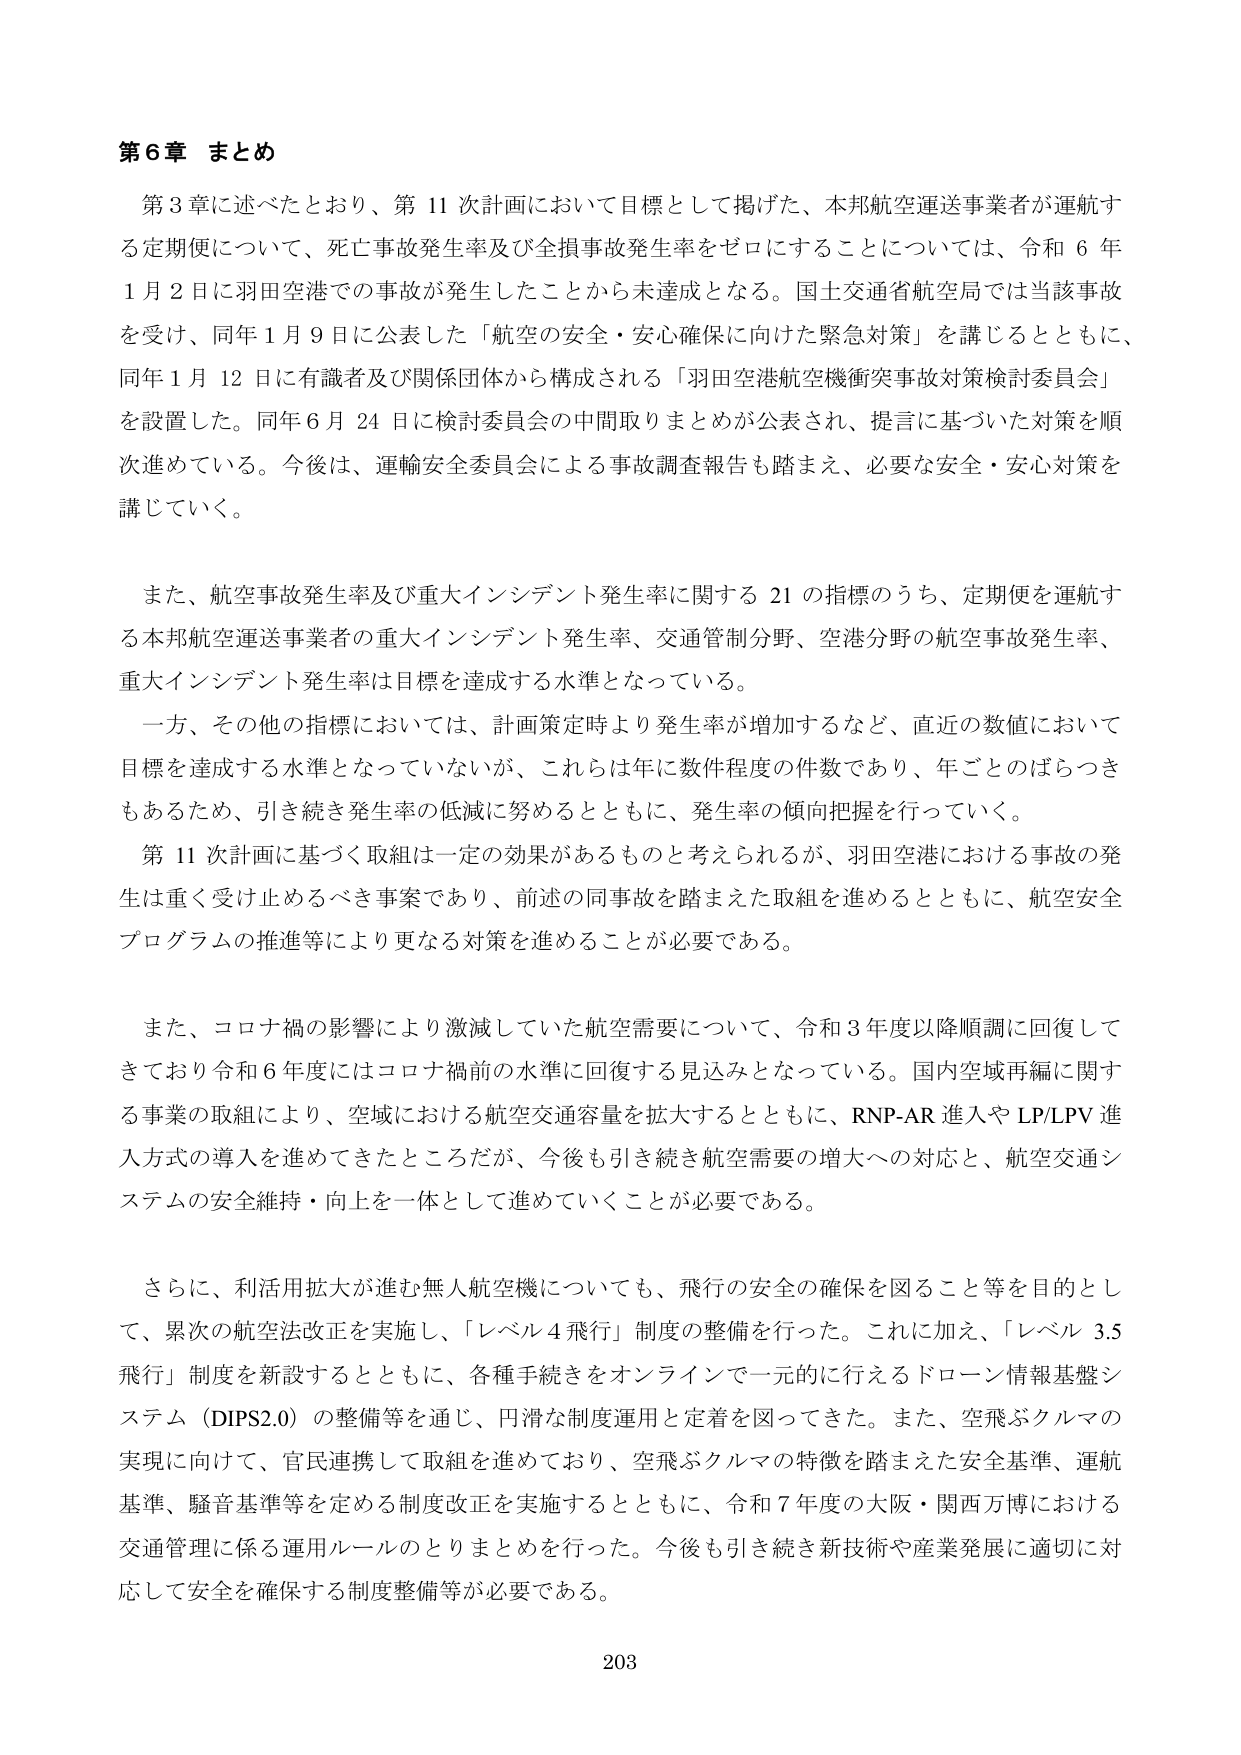
第６章 まとめ

第３章に述べたとおり、第11次計画において目標として掲げた、本邦航空運送事業者が運航する定期便について、死亡事故発生率及び全損事故発生率をゼロにすることについては、令和６年１月２日に羽田空港での事故が発生したことから未達成となる。国土交通省航空局では当該事故を受け、同年１月９日に公表した「航空の安全・安心確保に向けた緊急対策」を講じるとともに、同年１月12日に有識者及び関係団体から構成される「羽田空港航空機衝突事故対策検討委員会」を設置した。同年６月24日に検討委員会の中間取りまとめが公表され、提言に基づいた対策を順次進めている。今後は、運輸安全委員会による事故調査報告も踏まえ、必要な安全・安心対策を講じていく。

また、航空事故発生率及び重大インシデント発生率に関する21の指標のうち、定期便を運航する本邦航空運送事業者の重大インシデント発生率、交通管制分野、空港分野の航空事故発生率、重大インシデント発生率は目標を達成する水準となっている。

一方、その他の指標においては、計画策定時より発生率が増加するなど、直近の数値において目標を達成する水準となっていないが、これらは年に数件程度の件数であり、年ごとのばらつきもあるため、引き続き発生率の低減に努めるとともに、発生率の傾向把握を行っていく。

第11次計画に基づく取組は一定の効果があるものと考えられるが、羽田空港における事故の発生は重く受け止めるべき事案であり、前述の同事故を踏まえた取組を進めるとともに、航空安全プログラムの推進等により更なる対策を進めることが必要である。

また、コロナ禍の影響により激減していた航空需要について、令和３年度以降順調に回復してきており令和６年度にはコロナ禍前の水準に回復する見込みとなっている。国内空域再編に関する事業の取組により、空域における航空交通容量を拡大するとともに、RNP-AR進入やLP/LPV進入方式の導入を進めてきたところだが、今後も引き続き航空需要の増大への対応と、航空交通システムの安全維持・向上を一体として進めていくことが必要である。

さらに、利活用拡大が進む無人航空機についても、飛行の安全の確保を図ること等を目的として、累次の航空法改正を実施し、「レベル4飛行」制度の整備を行った。これに加え、「レベル3.5飛行」制度を新設するとともに、各種手続きをオンラインで一元的に行えるドローン情報基盤システム（DIPS2.0）の整備等を通じ、円滑な制度運用と定着を図ってきた。また、空飛ぶクルマの実現に向けて、官民連携して取組を進めており、空飛ぶクルマの特徴を踏まえた安全基準、運航基準、騒音基準等を定める制度改正を実施するとともに、令和７年度の大阪・関西万博における交通管理に係る運用ルールのとりまとめを行った。今後も引き続き新技術や産業発展に適切に対応して安全を確保する制度整備等が必要である。

203